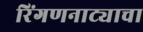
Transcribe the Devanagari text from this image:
रिंगणनाट्याचा